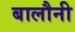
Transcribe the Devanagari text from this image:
बालौनी